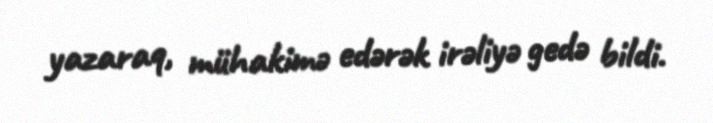
yazaraq, mühakimə edərək irəliyə gedə bildi.